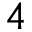
4